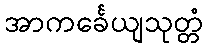
အာကင်္ခေယျသုတ္တံ